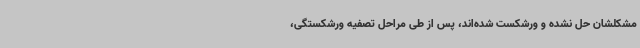
مشکلشان حل نشده و ورشکست شده‌اند، پس از طی مراحل تصفیه ورشکستگی،